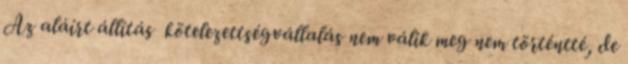
Az aláírt állítás kötelezettségvállalás nem válik meg nem történtté, de